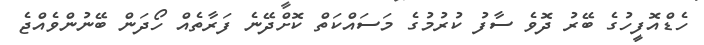
ހެޑްއޮފީހުގެ ބޭރު ދޮވެ ސާފު ކުރުމުގެ މަސައްކަތް ކޮށްދޭނެ ފަރާތެއް ހޯދަން ބޭނުންވެއްޖެ